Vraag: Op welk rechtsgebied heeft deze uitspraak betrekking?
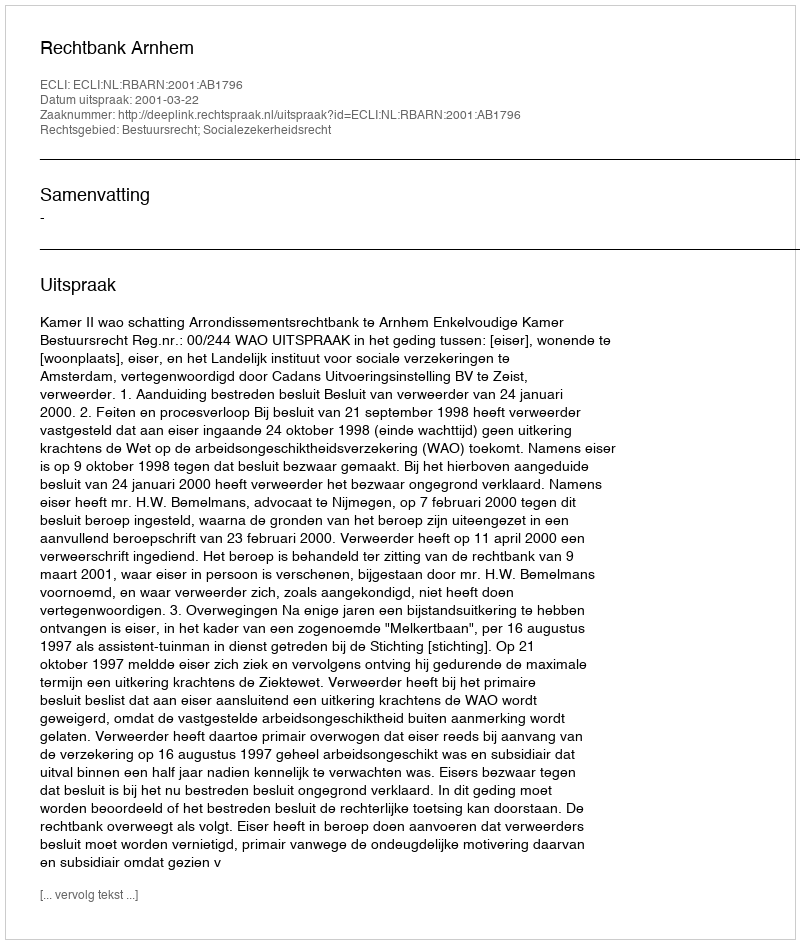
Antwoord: Bestuursrecht; Socialezekerheidsrecht